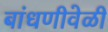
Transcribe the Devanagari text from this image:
बांधणीवेळी